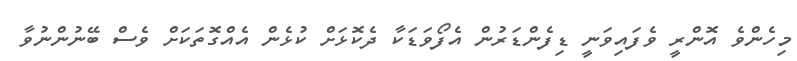
މިހެންވެ އޮންރީ ވެފައިވަނީ ޑިފެންޑަރުން އެފޯވަޑަކާ ދެކޮޅަށް ކުޅެން އެއްގޮތަކަށް ވެސް ބޭނުންނުވާ